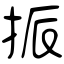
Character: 挀